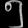
Digit: ၅